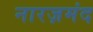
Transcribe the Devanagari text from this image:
नारज़मंद